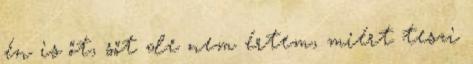
én is őt, sőt de nem értem, miért teszi